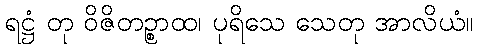
ရဋ္ဌံ တု ဝိဇိတဉ္စာထ၊ ပုရိသေ သေတု အာလိယံ။